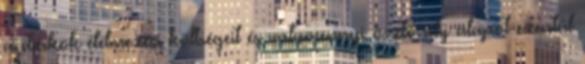
a diákok élelmezési költségeit és valamennyi ösztöndíj alapot ezentúl